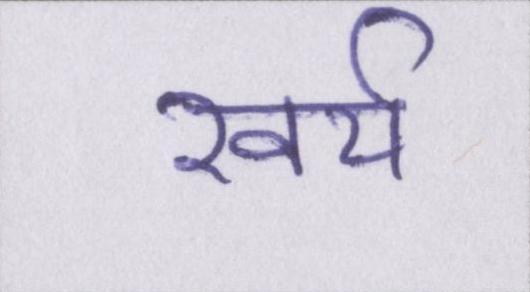
खर्च